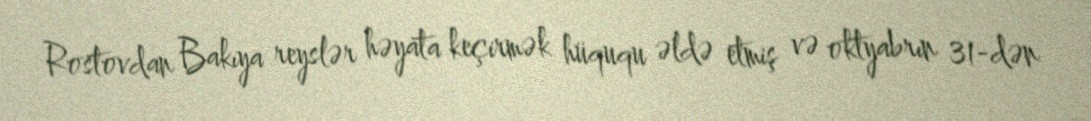
Rostovdan Bakıya reyslər həyata keçirmək hüququ əldə etmiş və oktyabrın 31-dən